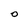
Character: 0